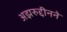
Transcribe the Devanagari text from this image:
अझरुद्दीनने